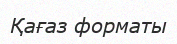
Қағаз форматы